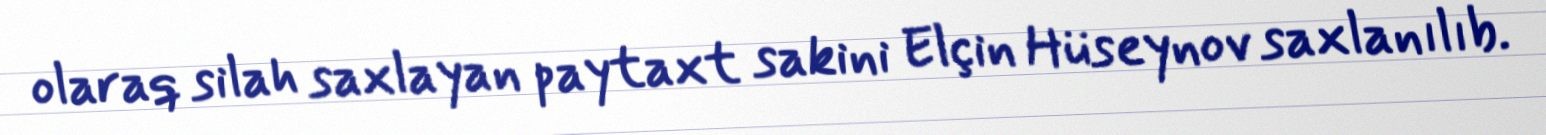
olaraq silah saxlayan paytaxt sakini Elçin Hüseynov saxlanılıb.